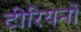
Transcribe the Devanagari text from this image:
टीरियनों